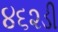
૪૬૨ડી